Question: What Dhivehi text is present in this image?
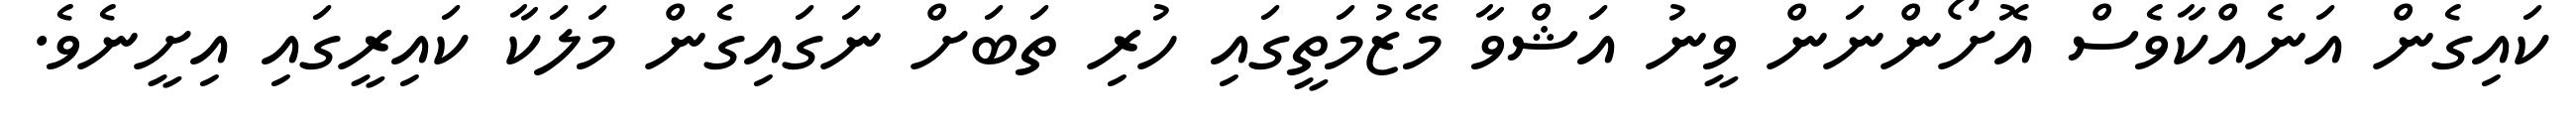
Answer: ކައިގެން އަނެއްކާވެސް އޮށޯންނަން ވީނު އަޝްވާ މޭޒުމަތީގައި ހުރި ތަބަށް ނަގައިގެން މަލަކާ ކައިރީގައި އިށީނެވެ.